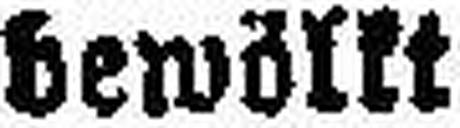
bewölkt